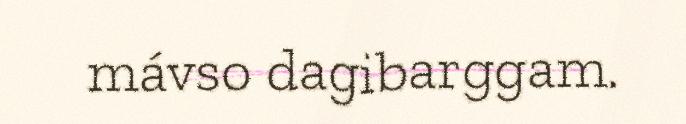
mávso dagibarggam.